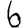
Digit: 6